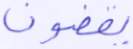
بوتان